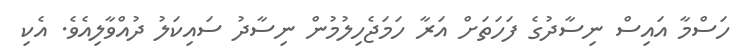
ހަސްމާ އައިސް ނިސާދުގެ ފަހަތަށް އަރާ ހަމަޖެހިލުމުން ނިސާދު ސައިކަލު ދުއްވާލިއެވެ. އެކި